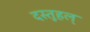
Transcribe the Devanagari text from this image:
दस्तूहल्